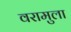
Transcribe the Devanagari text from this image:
वरामुला